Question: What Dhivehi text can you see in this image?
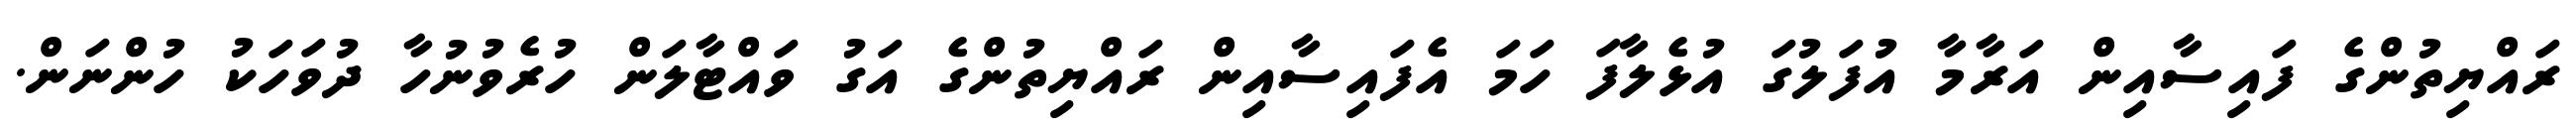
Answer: ރައްޔިތުންގެ ފައިސާއިން އަރާމާ އުފަލުގަ އުޅެލާފަ ހަމަ އެފައިސާއިން ރައްޔިތުންގެ އަގު ވައްޓާލަން ހުރެވުނުހާ ދުވަހަކު ހުންނަން.